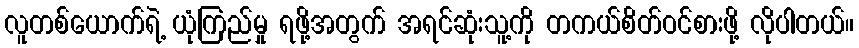
လူတစ်ယောက်ရဲ့ ယုံကြည်မှု ရဖို့အတွက် အရင်ဆုံးသူ့ကို တကယ်စိတ်ဝင်စားဖို့ လိုပါတယ်။